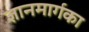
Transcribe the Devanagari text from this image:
ज्ञानमार्गका